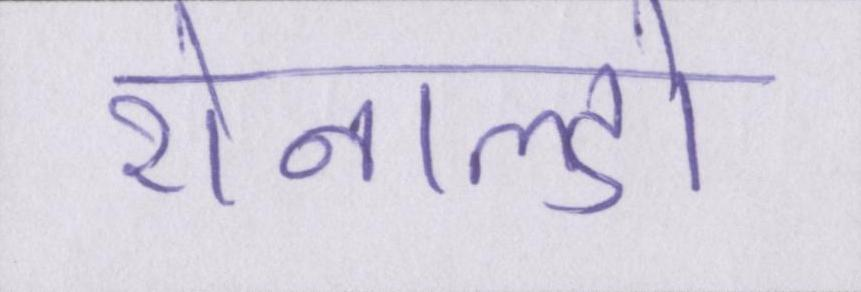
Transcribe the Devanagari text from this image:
रोनाल्डो